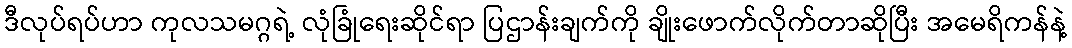
ဒီလုပ်ရပ်ဟာ ကုလသမဂ္ဂရဲ့ လုံခြုံရေးဆိုင်ရာ ပြဌာန်းချက်ကို ချိုးဖောက်လိုက်တာဆိုပြီး အမေရိကန်နဲ့